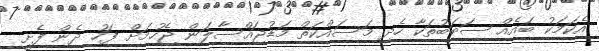
އެކަމަކު ބައެއް ސަބަބުތަކާ ހެދި މަސައްކަތް މަޑުޖައްސާލަން ޖެހުމަށް ފަހު ދެން ފެށީ